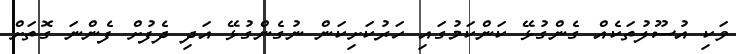
ވަކި އުސޫލުތަކެއް ގެންގުޅޭ ކަންކަމުގައި ހަރުކަށިކަން ނުގެންގުޅޭ އަދި ދެފުށް ފެންނަ ގޮތަށް